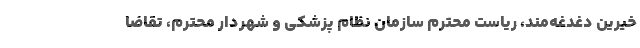
خیرین دغدغه‌مند، ریاست محترم سازمان نظام پزشکی و شهردار محترم، تقاضا